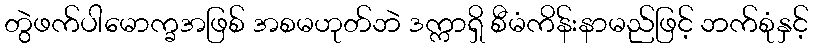
တွဲဖက်ပါမောက္ခအဖြစ် အစမဟုတ်ဘဲ ဒက္ကာရှိ စီမံကိန်းနာမည်ဖြင့် ဘက်စုံနှင့်